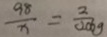
\frac { 9 8 } { x } = \frac { 2 } { 0 . 0 6 g }